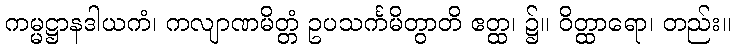
ကမ္မဋ္ဌာနဒါယကံ၊ ကလျာဏမိတ္တံ ဥပသင်္ကမိတွာတိ ဧတ္ထ၊ ၌။ ဝိတ္ထာရော၊ တည်း။